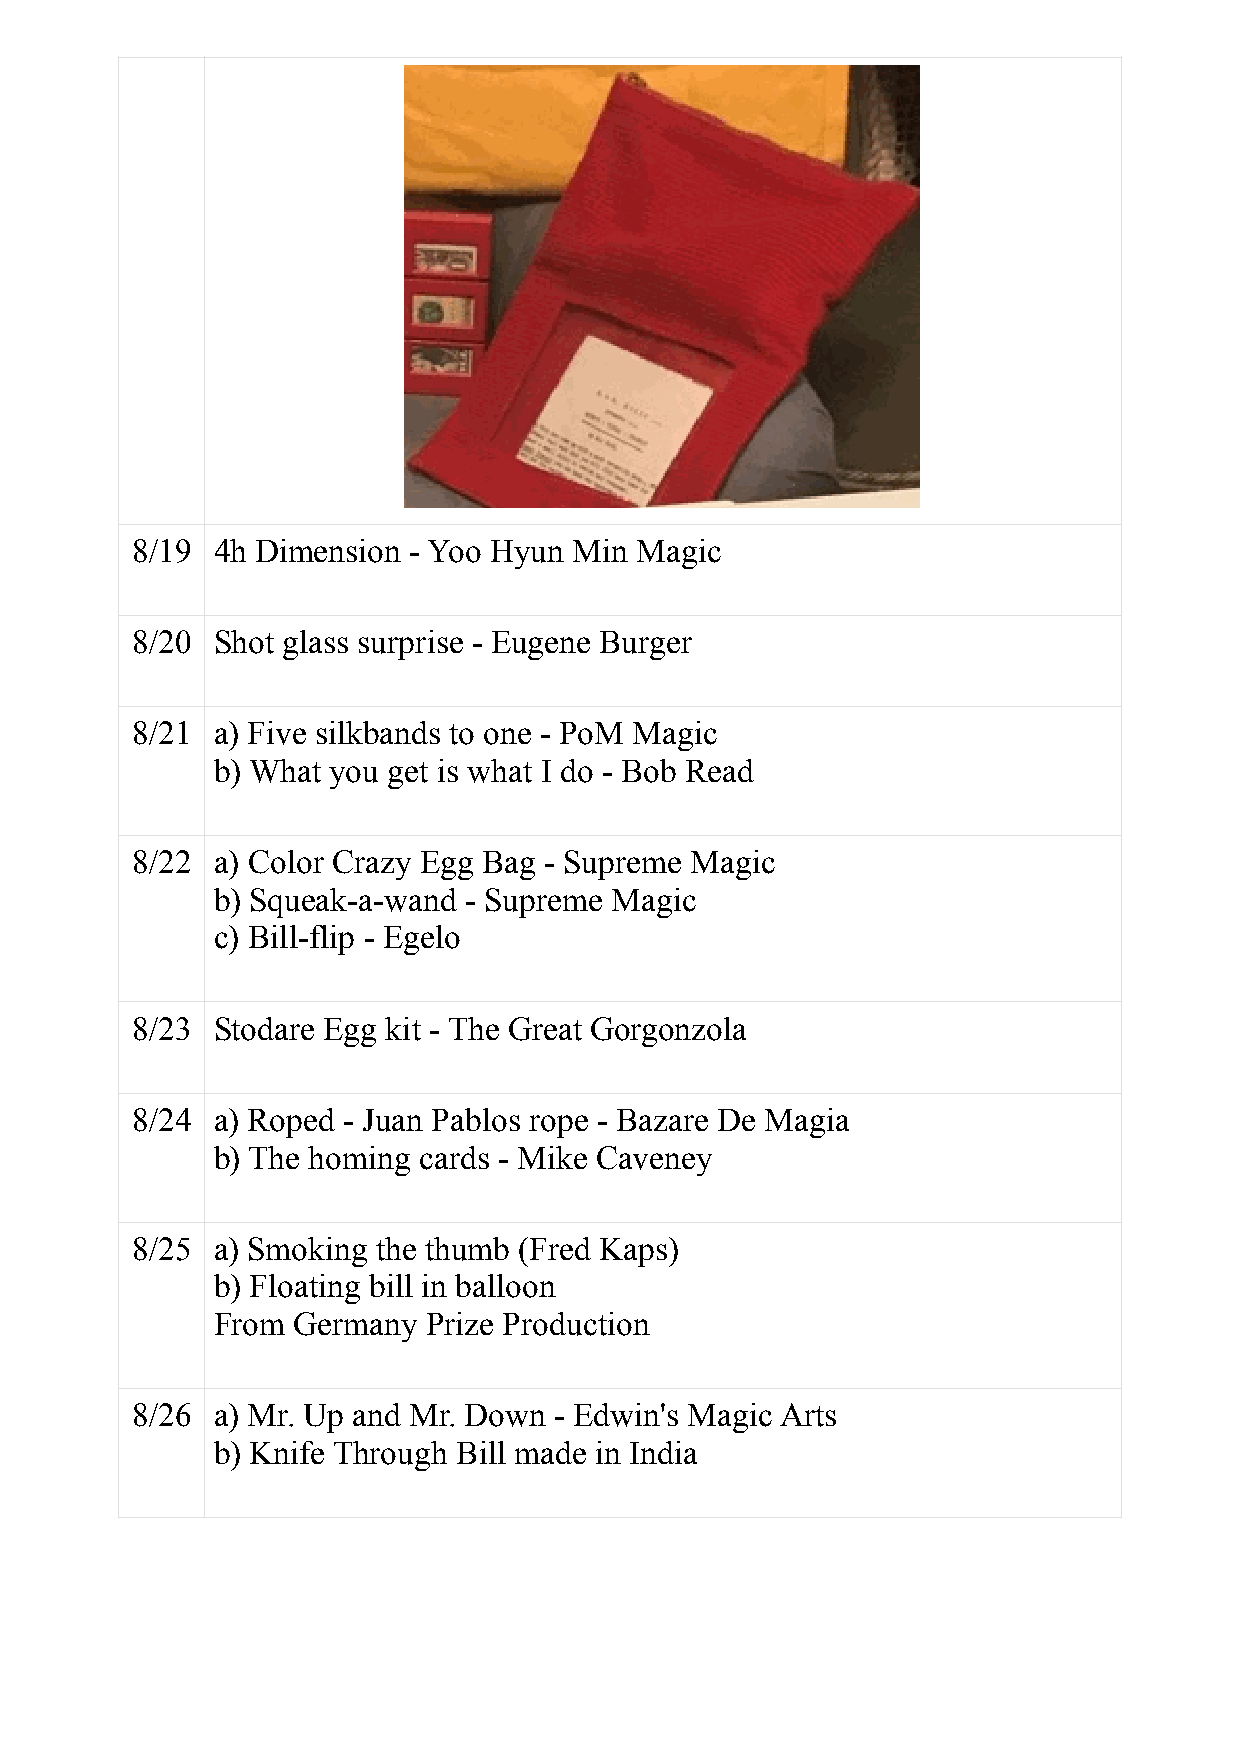

 8/19 4h Dimension - Yoo Hyun Min Magic
 8/20 Shot glass surprise - Eugene Burger
 8/21 a) Five silkbands to one - PoM Magic
 b) What you get is what I do - Bob Read
 8/22 a) Color Crazy Egg Bag - Supreme Magic
 b) Squeak-a-wand - Supreme Magic
 c) Bill-flip - Egelo
 8/23 Stodare Egg kit - The Great Gorgonzola
 8/24 a) Roped - Juan Pablos rope - Bazare De Magia
 b) The homing cards - Mike Caveney
 8/25 a) Smoking the thumb (Fred Kaps)
 b) Floating bill in balloon
 From Germany  Prize Production
 8/26 a) Mr. Up and Mr. Down - Edwin's Magic Arts
 b) Knife Through Bill made in India